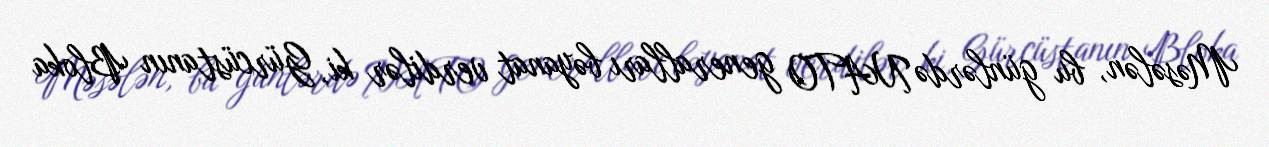
Məsələn, bu günlərdə NATO generalları bəyanat verdilər ki, Gürcüstanın Bloka